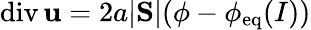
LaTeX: \mathrm{div}\, {\mathbf u}=2a|\mathrm{\mathbf S}|(\phi-\phi_{\mathrm{eq}}(I))